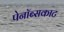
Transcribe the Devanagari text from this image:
पेनॉब्सकाट